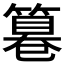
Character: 𥲻